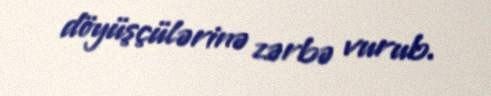
döyüşçülərinə zərbə vurub.